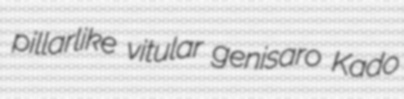
pillarlike vitular genisaro Kado